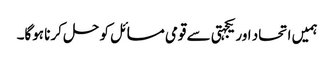
ہمیں اتحاد اور یکجہتی سے قومی مسائل کو حل کرنا ہوگا۔